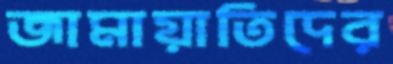
জামায়াতিদের